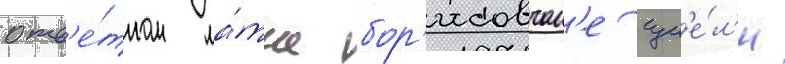
отв'е́тном ма́тче бор'исовчан'е сум'е́л'и